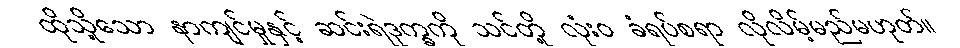
ထိုသို့သော နာကျင်မှုနှင့် ဆင်းရဲဒုက္ခကို သင်တို့ လုံးဝ ခံရပ်စရာ လိုလိမ့်မည်မဟုတ်။